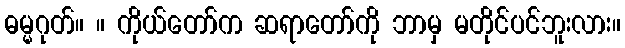
ဓမ္မဂုတ်။ ။ ကိုယ်တော်က ဆရာတော်ကို ဘာမှ မတိုင်ပင်ဘူးလား။